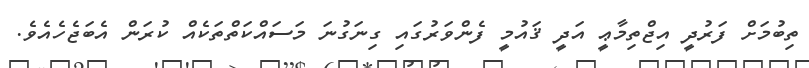
ތިބުމަށް ފަރުދީ އިޖްތިމާޢީ އަދީ ޤައުމީ ފެންވަރުގައި ގިނަގުނަ މަސައްކަތްތަކެއް ކުރަން އެބަޖެހެއެވެ.